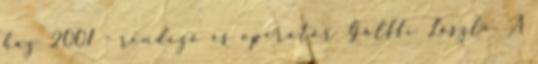
ház 2001 - rendező és operatőr Gálffi László A